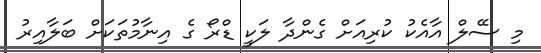
މި ސޭލް އާއެކު ކުރިއަށް ގެންދާ ލަކީ ޑްރޯ ގެ އިނާމުތަކަށް ބަލާއިރު